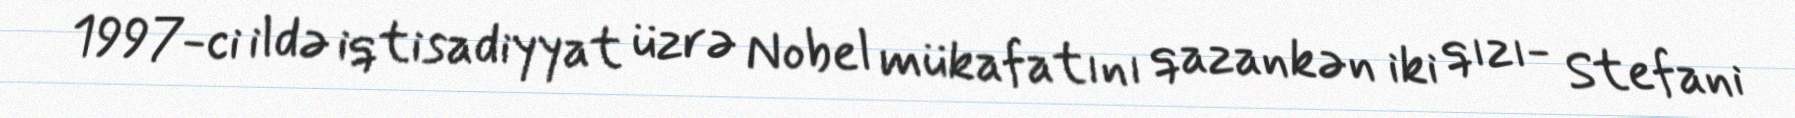
1997-ci ildə iqtisadiyyat üzrə Nobel mükafatını qazankən iki qızı- Stefani